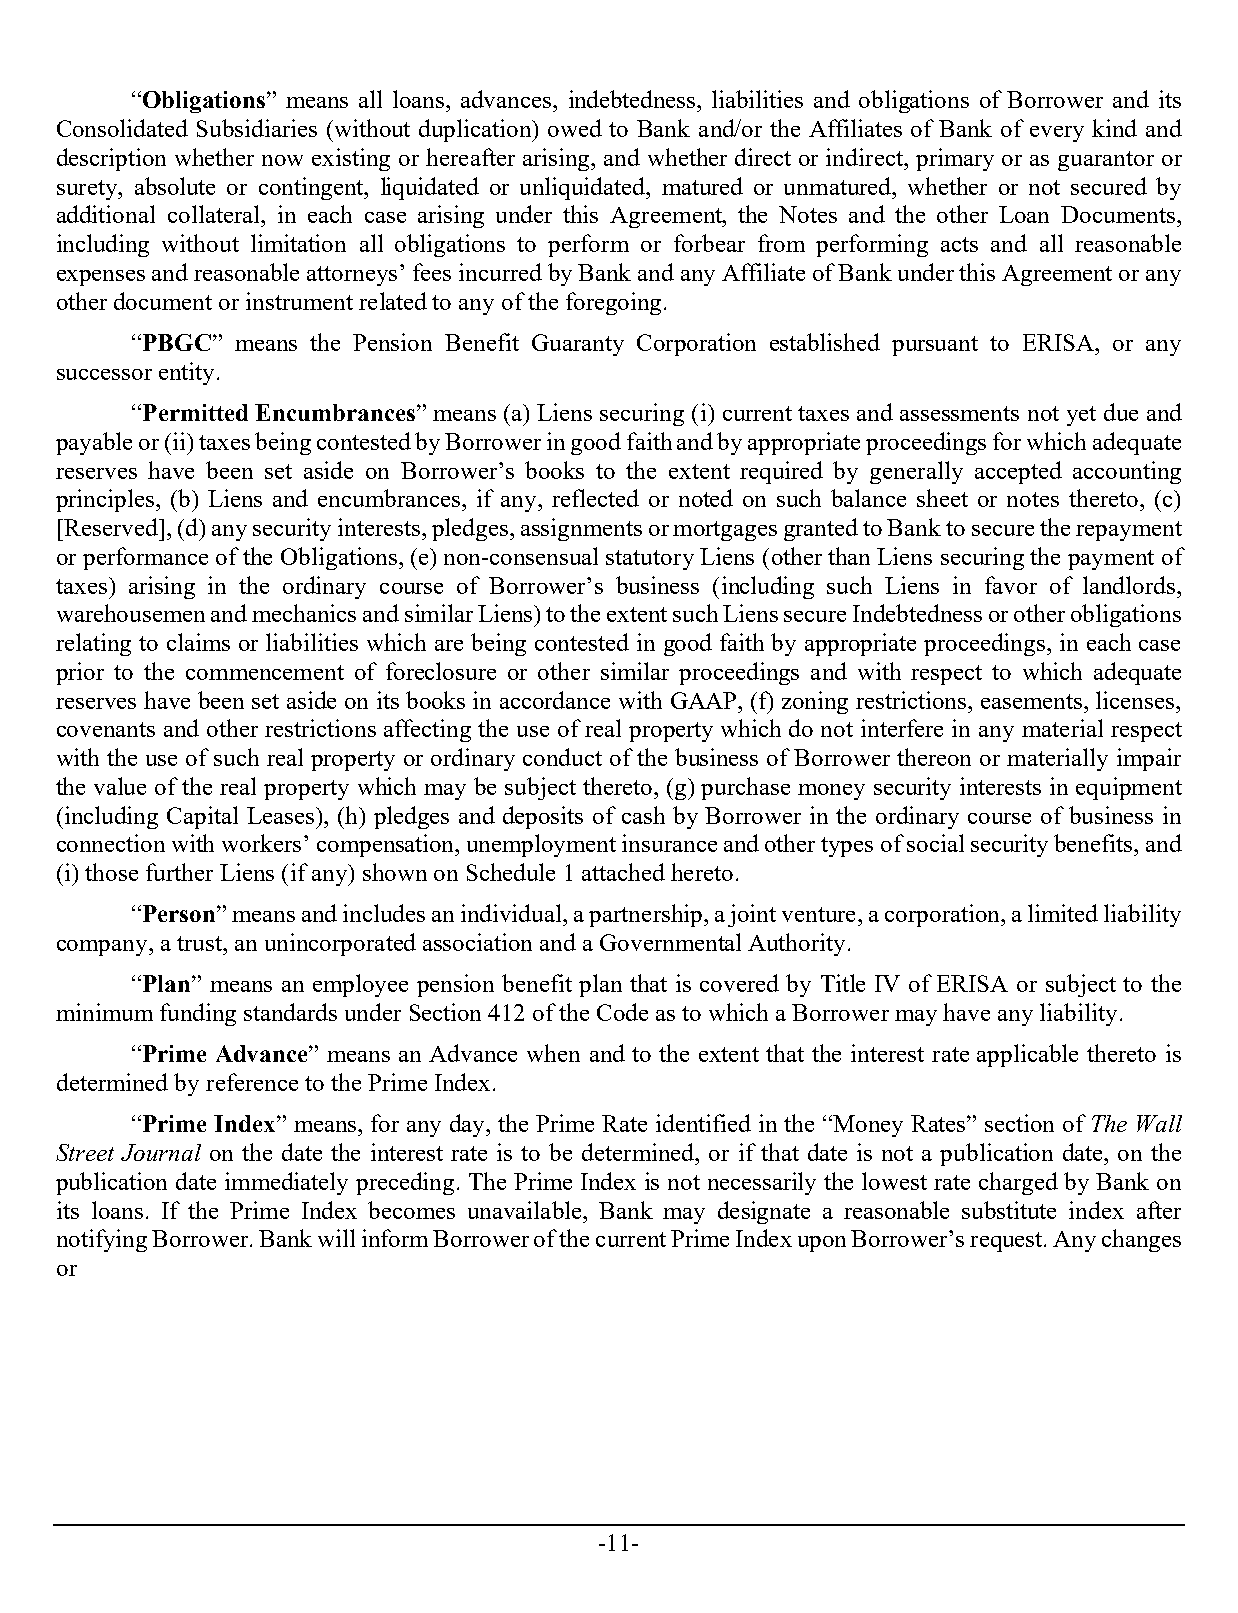
“Obligations” means all loans, advances, indebtedness, liabilities and obligations of Borrower and its
 Consolidated Subsidiaries (without duplication) owed to Bank and/or the Affiliates of Bank of every kind and
 description whether now existing or hereafter arising, and whether direct or indirect, primary or as guarantor or
 surety, absolute or contingent, liquidated or unliquidated, matured or unmatured, whether or not secured by
 additional collateral, in each case arising under this Agreement, the Notes and the other Loan Documents,
 including without limitation all obligations to perform or forbear from performing acts and all reasonable
 expenses and reasonable attorneys’ fees incurred by Bank and any Affiliate of Bank under this Agreement or any
 other document or instrument related to any of the foregoing.
 “PBGC” means the Pension Benefit Guaranty Corporation established pursuant to ERISA, or any
 successor entity.
 “Permitted Encumbrances” means (a) Liens securing (i) current taxes and assessments not yet due and
 payable or (ii) taxes being contested by Borrower in good faith and by appropriate proceedings for which adequate
 reserves have been set aside on Borrower’s books to the extent required by generally accepted accounting
 principles, (b) Liens and encumbrances, if any, reflected or noted on such balance sheet or notes thereto, (c)
 [Reserved], (d) any security interests, pledges, assignments or mortgages granted to Bank to secure the repayment
 or performance of the Obligations, (e) non-consensual statutory Liens (other than Liens securing the payment of
 taxes) arising in the ordinary course of Borrower’s business (including such Liens in favor of landlords,
 warehousemen and mechanics and similar Liens) to the extent such Liens secure Indebtedness or other obligations
 relating to claims or liabilities which are being contested in good faith by appropriate proceedings, in each case
 prior to the commencement of foreclosure or other similar proceedings and with respect to which adequate
 reserves have been set aside on its books in accordance with GAAP, (f) zoning restrictions, easements, licenses,
 covenants and other restrictions affecting the use of real property which do not interfere in any material respect
 with the use of such real property or ordinary conduct of the business of Borrower thereon or materially impair
 the value of the real property which may be subject thereto, (g) purchase money security interests in equipment
 (including Capital Leases), (h) pledges and deposits of cash by Borrower in the ordinary course of business in
 connection with workers’ compensation, unemployment insurance and other types of social security benefits, and
 (i) those further Liens (if any) shown on Schedule 1 attached hereto.
 “Person” means and includes an individual, a partnership, a joint venture, a corporation, a limited liability
 company, a trust, an unincorporated association and a Governmental Authority.
 “Plan” means an employee pension benefit plan that is covered by Title IV of ERISA or subject to the
 minimum funding standards under Section 412 of the Code as to which a Borrower may have any liability.
 “Prime Advance” means an Advance when and to the extent that the interest rate applicable thereto is
 determined by reference to the Prime Index.
 “Prime Index” means, for any day, the Prime Rate identified in the “Money Rates” section of The Wall
 Street Journal on the date the interest rate is to be determined, or if that date is not a publication date, on the
 publication date immediately preceding. The Prime Index is not necessarily the lowest rate charged by Bank on
 its loans. If the Prime Index becomes unavailable, Bank may designate a reasonable substitute index after
 notifying Borrower. Bank will inform Borrower of the current Prime Index upon Borrower’s request. Any changes
 or
 -11-